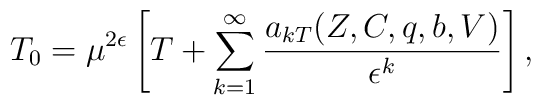
T_0=\mu^{2\epsilon} \left[ T + \sum_{k=1}^\infty \frac{a_{kT}(Z,C,q,b,V)}{\epsilon^k} \right],